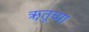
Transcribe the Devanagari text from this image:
ॠतूच्या